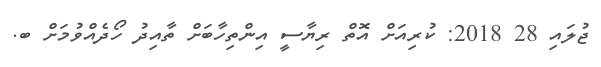
ޖުލައި 28 2018: ކުރިއަށް އޮތް ރިޔާސީ އިންތިހާބަށް ތާއިދު ހޯދެއްވުމަށް ބ.